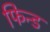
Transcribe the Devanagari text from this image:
फिन्ड